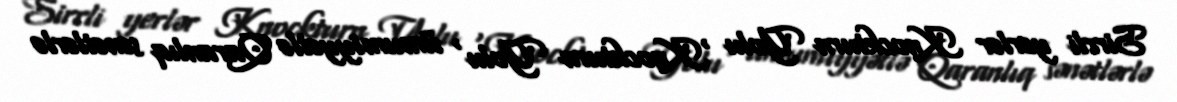
Sirrli yerlər Knockturn Yolu 'Knockturn Yolu' ümumiyyətlə Qaranlıq sənətlərlə